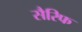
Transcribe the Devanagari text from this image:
सैरिफ